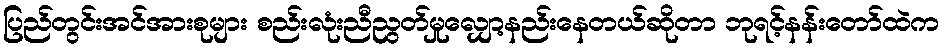
ပြည်တွင်းအင်အားစုများ စည်းလုံးညီညွတ်မှုလျှော့နည်းနေတယ်ဆိုတာ ဘုရင့်နန်းတော်ထဲက